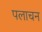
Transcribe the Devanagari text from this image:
पलाचन